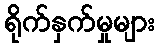
ရိုက်နှက်မှုများ